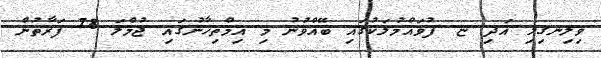
ވިލިނގިލި އަދި ޏ. ފުވައްމުލަކުގައި ބޭއްވުނު މި އިމްތިހާނުގައި ޖުމްލަ 78 ފަރާތުން